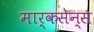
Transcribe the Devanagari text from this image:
मार्कसेन्स